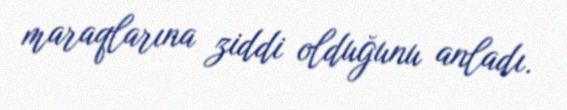
maraqlarına ziddi olduğunu anladı.